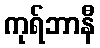
ကုရ်ဘာနီ